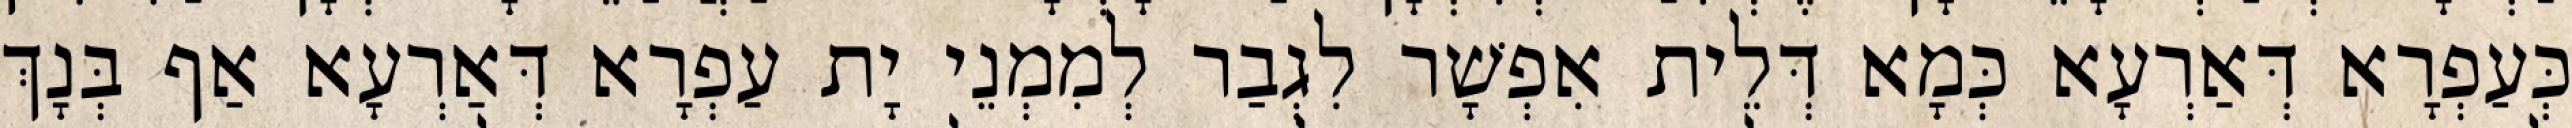
כְּעַפְרָא דְּאַרְעָא כְּמָא דְּלֵית אִפְשָׁר לִגְבַר לְמִמְנֵי יָת עַפְרָא דְּאַרְעָא אַף בְּנָךְ